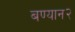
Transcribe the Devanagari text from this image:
बण्यान२